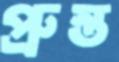
প্রুস্ত